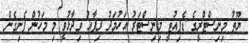
ޔޫތު މިނިސްޓްރީގެ ޑެޕިއުޓީ މިނިސްޓަރު އަހުމަދު ރިފާއު ވިދާޅުވީ މި މަހުން ފެށިގެން